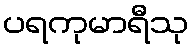
ပရကုမာရီသု